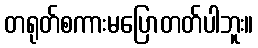
တရုတ်စကားမပြောတတ်ပါဘူး။